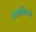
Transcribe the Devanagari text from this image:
तकनिको